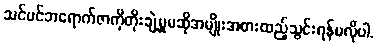
သင်ပင်ဘရောက်ဇာကိုတိုးချဲ့မှုမဆိုအမျိုးအစားထည့်သွင်းရန်မလိုပါ.